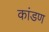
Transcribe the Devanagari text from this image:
कांडण